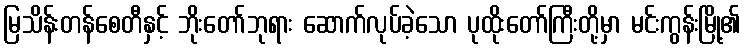
မြသိန်းတန်စေတီနှင့် ဘိုးတော်ဘုရား ဆောက်လုပ်ခဲ့သော ပုထိုးတော်ကြီးတို့မှာ မင်းကွန်းမြို့၏